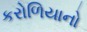
કરોળિયાનો